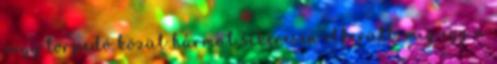
négy torpedó közül hármat sikeresen elkerült, míg egy a